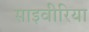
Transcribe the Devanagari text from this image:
साइवीरिया